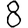
Digit: 8